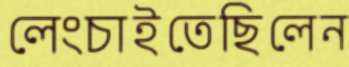
লেংচাইতেছিলেন